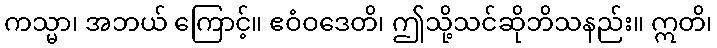
ကသ္မာ၊ အဘယ် ကြောင့်။ ဧဝံဝဒေတိ၊ ဤသို့သင်ဆိုဘိသနည်း။ ဣတိ၊